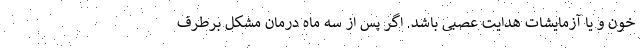
خون و یا آزمایشات هدایت عصبی باشد. اگر پس از سه ماه درمان مشکل برطرف